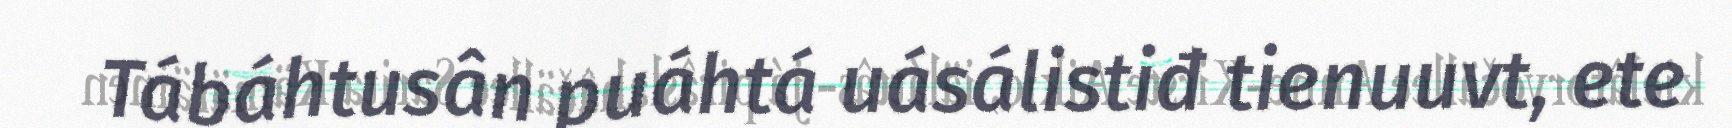
Tábáhtusân puáhtá uásálistiđ tienuuvt, ete